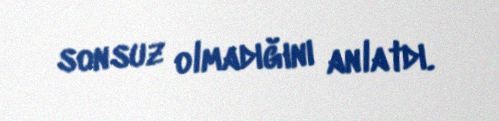
sonsuz olmadığını anlatdı.